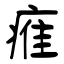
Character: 痽